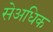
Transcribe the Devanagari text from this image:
सेअधिक